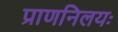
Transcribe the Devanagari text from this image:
प्राणनिलयः